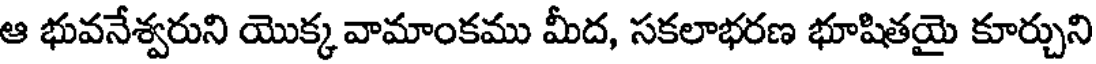
ఆ భువనేశ్వరుని యొక్క వామాంకము మీద, సకలాభరణ భూషితయై కూర్చుని